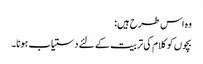
وہ اس طرح ہیں:
بچوں کو کلام کی تربیت کے لئے دستیاب ہونا۔